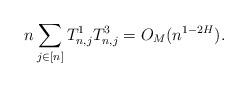
LaTeX: \begin{align*} n\sum_{j\in[n]}T^{1}_{n,j}T^{3}_{n,j} = O_M(n^{1-2H}).\end{align*}